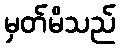
မှတ်မိသည်